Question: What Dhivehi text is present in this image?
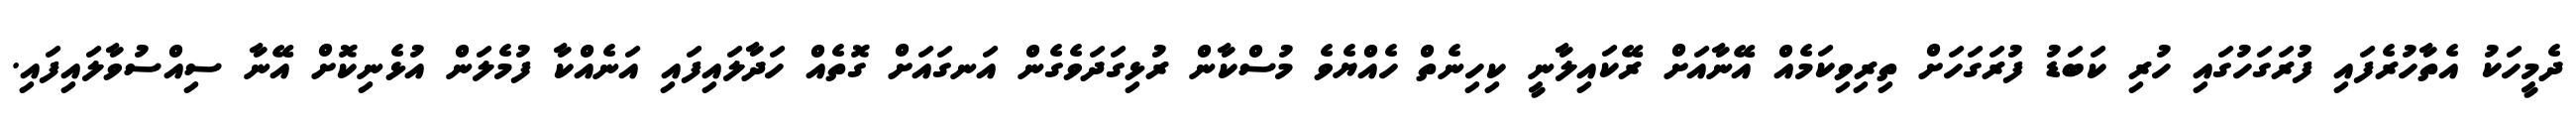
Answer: ދެމީހަކު އެތާހުރެފައި ފުރަގަހުގައި ހުރި ކަބަޑު ފުރަގަހަށް ތިރިވިކަމެއް އޭނާއަށް ރޭކައިލާނީ ކިހިނެތް ހެއްޔެވެ މުސްކާން ރުޅިގަދަވެގެން އަނގައަށް ގޮތެއް ހަދާލައިފައި އަނެއްކާ ފުމެލަން އުޅެނިކޮށް އޭނާ ސިއްސުވާލައިފައި.